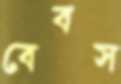
বেবস